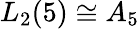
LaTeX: L_{2}(5)\cong A_{5}